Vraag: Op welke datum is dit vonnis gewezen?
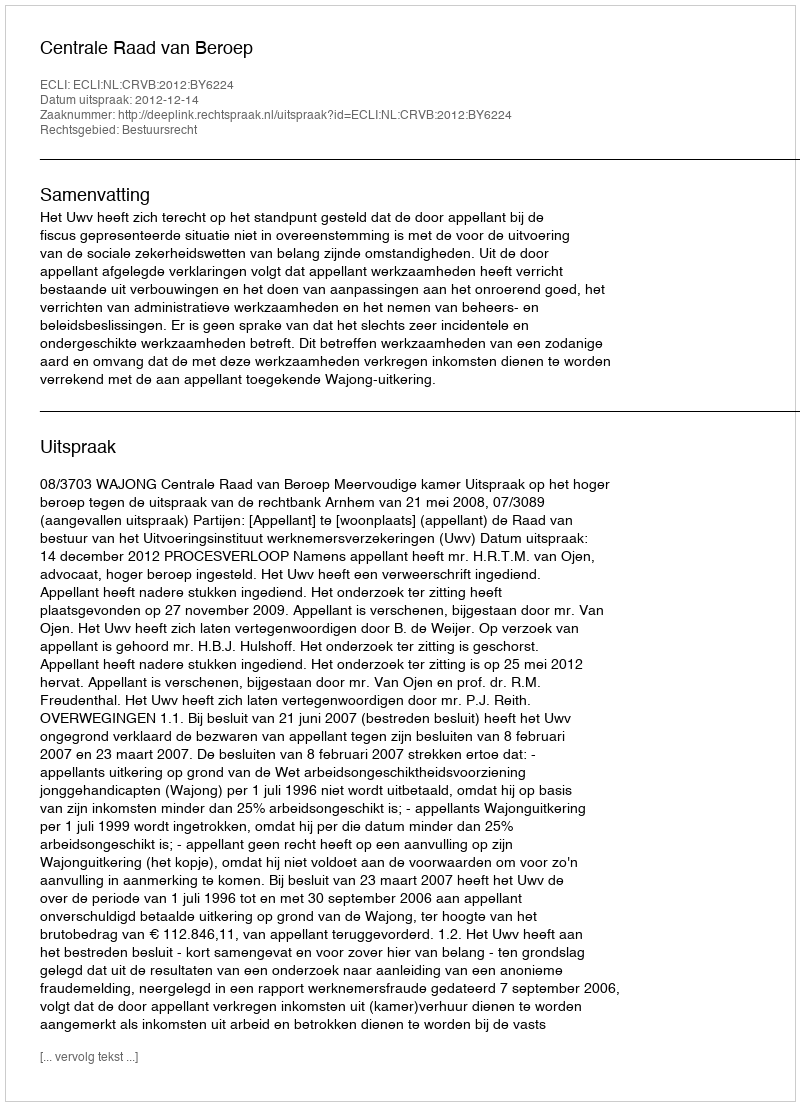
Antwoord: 2012-12-14